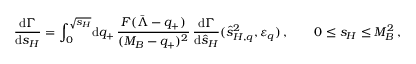
\frac { \mathrm { d } \Gamma } { \mathrm { d } s _ { H } } = \int _ { 0 } ^ { \sqrt { s _ { H } } } \! \mathrm { d } q _ { + } \, \frac { F ( \bar { \Lambda } - q _ { + } ) } { ( M _ { B } - q _ { + } ) ^ { 2 } } \, \frac { \mathrm { d } \Gamma } { \mathrm { d } \hat { s } _ { H } } ( \hat { s } _ { H , q } ^ { 2 } , \varepsilon _ { q } ) \, , \qquad 0 \le s _ { H } \le M _ { B } ^ { 2 } \, ,